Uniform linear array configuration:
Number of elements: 16
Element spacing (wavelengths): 0.25
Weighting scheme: kaiser
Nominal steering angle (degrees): -30
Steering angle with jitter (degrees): -30.737
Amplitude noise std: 0.05
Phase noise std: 0.05

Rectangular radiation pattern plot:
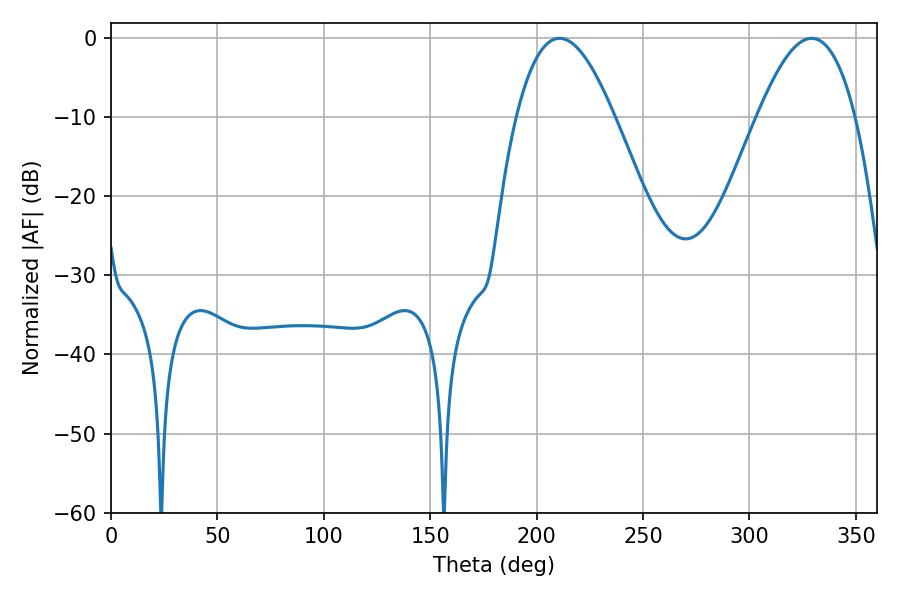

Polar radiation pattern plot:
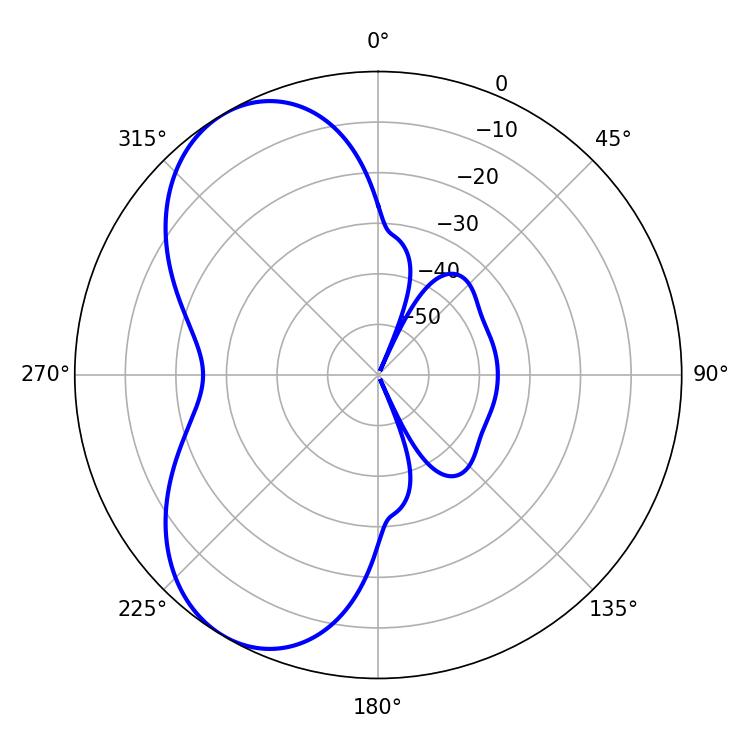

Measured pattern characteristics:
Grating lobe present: FALSE
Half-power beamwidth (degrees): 25.02
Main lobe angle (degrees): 210.78